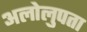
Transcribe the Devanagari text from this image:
अलोलुपता